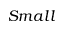
S m a l l